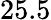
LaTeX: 25.5